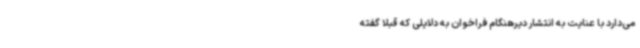
می‌دارد با عنایت به انتشار دیرهنگام فراخوان به دلایلی که قبلاً گفته